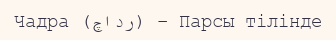
Чадра (چادر) – Парсы тілінде